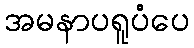
အမနာပရူပံပေ